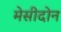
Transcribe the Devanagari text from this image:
मेसीदोन